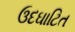
ઉદઘાટિત